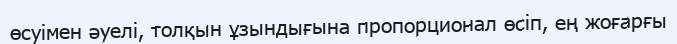
өсуімен әуелі, толқын ұзындығына пропорционал өсіп, ең жоғарғы